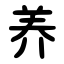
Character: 养